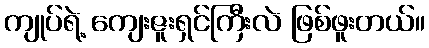
ကျုပ်ရဲ့ ကျေးဇူးရှင်ကြီးလဲ ဖြစ်ဖူးတယ်။